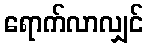
ရောက်လာလျှင်